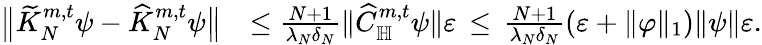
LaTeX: \begin{array}{rl}{\big\| \widetilde K_{N}^{m,t}\psi-\widehat K_{N}^{m,t}\psi\big\| }&{\le\frac{N+1}{\lambda_{N}\delta_{N}}\| \widehat C_{\mathbb H}^{m,t}\psi\| \varepsilon\, \le\, \frac{N+1}{\lambda_{N}\delta_{N}}(\varepsilon+\| \varphi\| _{1})\| \psi\| \varepsilon.}\end{array}